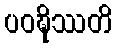
ပဝဍ္ဎိဿတိ